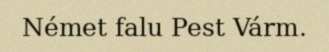
Német falu Pest Várm.